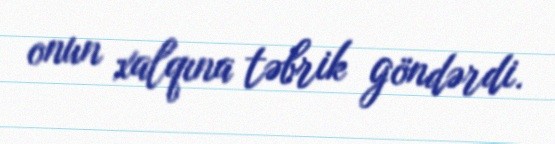
onun xalqına təbrik göndərdi.